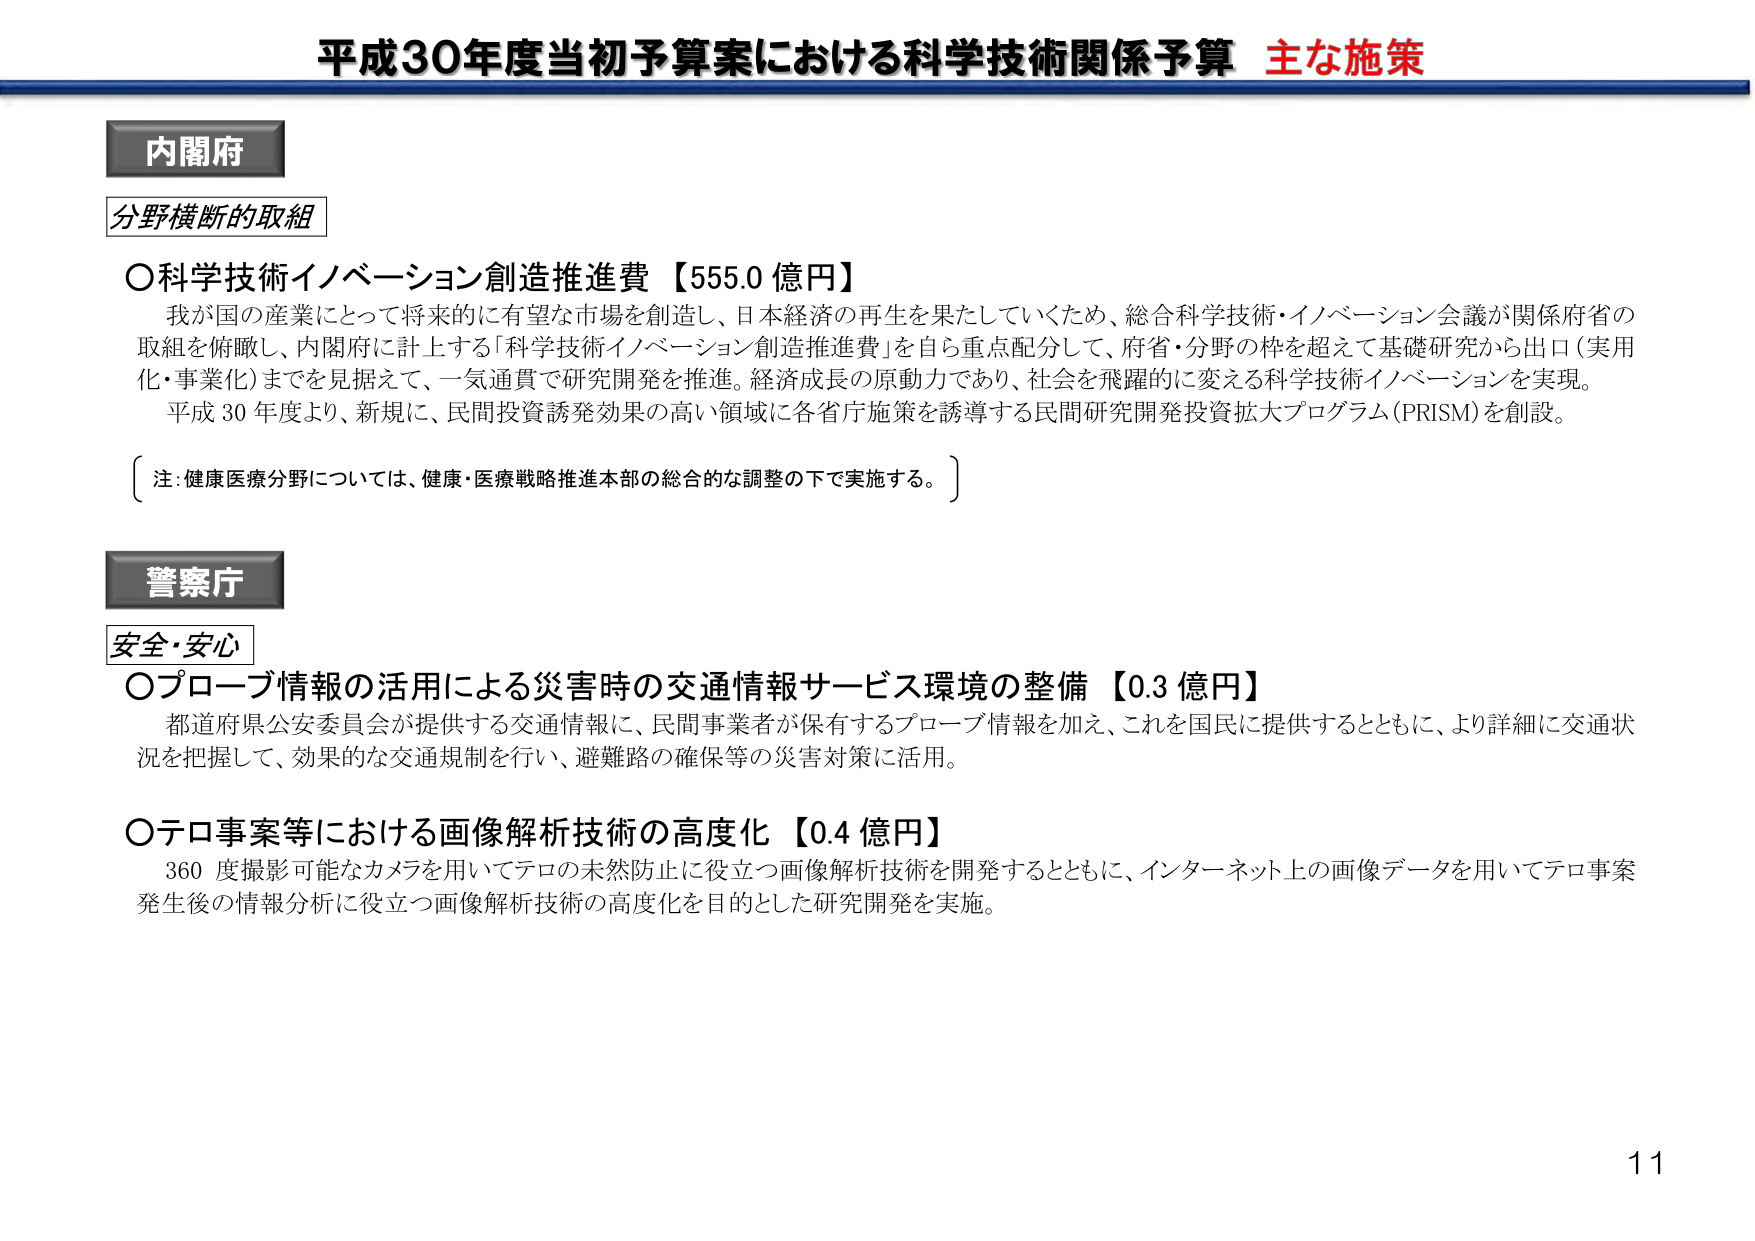
平成30年度当初予算案における科学技術関係予算 主な施策

内閣府
分野横断的取組

〇科学技術イノベーション創造推進費【555.0 億円】
我が国の産業にとって将来的に有望な市場を創造し、日本経済の再生を果たしていくため、総合科学技術・イノベーション会議が関係府省の取組を俯瞰し、内閣府に計上する「科学技術イノベーション創造推進費」を自ら重点配分して、府省・分野の枠を超えて基礎研究から出口（実用化・事業化）までを見据えて、一気通貫で研究開発を推進。経済成長の原動力であり、社会を飛躍的に変える科学技術イノベーションを実現。
平成30年度より、新規に、民間投資誘発効果の高い領域に各省庁施策を誘導する民間研究開発投資拡大プログラム（PRISM）を創設。

〔注：健康医療分野については、健康・医療戦略推進本部の総合的な調整の下で実施する。〕

警察庁
安全・安心

〇プローブ情報の活用による災害時の交通情報サービス環境の整備【0.3 億円】
都道府県公安委員会が提供する交通情報に、民間事業者が保有するプローブ情報を加え、これを国民に提供するとともに、より詳細に交通状況を把握して、効果的な交通規制を行い、避難路の確保等の災害対策に活用。

〇テロ事案等における画像解析技術の高度化【0.4 億円】
360度撮影可能なカメラを用いてテロの未然防止に役立つ画像解析技術を開発するとともに、インターネット上の画像データを用いてテロ事案発生後の情報分析に役立つ画像解析技術の高度化を目的とした研究開発を実施。

11